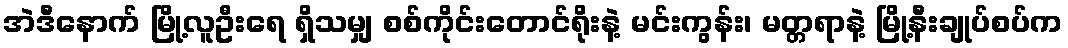
အဲဒီနောက် မြို့လူဦးရေ ရှိသမျှ စစ်ကိုင်းတောင်ရိုးနဲ့ မင်းကွန်း၊ မတ္တရာနဲ့ မြို့နီးချုပ်စပ်က